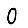
Digit: 0